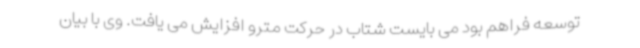
توسعه فراهم بود می بایست شتاب در حرکت مترو افزایش می یافت. وی با بیان